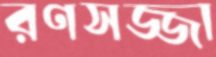
রণসজ্জা